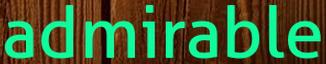
admirable